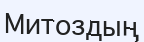
Митоздың